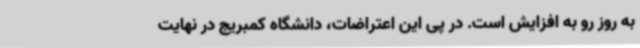
به روز رو به افزایش است. در پی این اعتراضات، دانشگاه کمبریج در نهایت